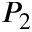
P _ { 2 }